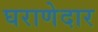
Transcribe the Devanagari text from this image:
घराणेदार